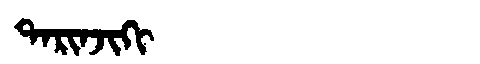
Manchu: ᡨᠠᡵᡳᠨᠵᡳᡴᡳ
Romanization: TARINJIKI